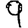
Digit: 9